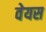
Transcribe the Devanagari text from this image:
वेयस